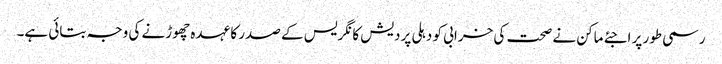
رسمی طور پر اجئے ماکن نے صحت کی خرابی کو دہلی پردیش کانگریس کے صدر کا عہدہ چھوڑنے کی وجہ بتائی ہے۔